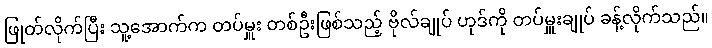
ဖြုတ်လိုက်ပြီး သူ့အောက်က တပ်မှူး တစ်ဦးဖြစ်သည့် ဗိုလ်ချုပ် ဟုဒ်ကို တပ်မှူးချုပ် ခန့်လိုက်သည်။